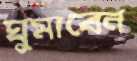
ঘুমাবেন